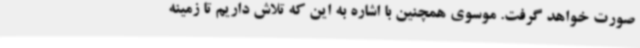
صورت خواهد گرفت. موسوی همچنین با اشاره به این که تلاش داریم تا زمینه